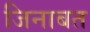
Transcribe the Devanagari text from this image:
जिनाबत